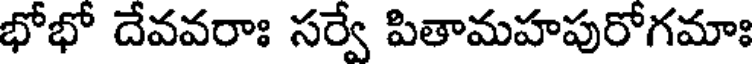
భోభో దేవవరాః సర్వే పితామహపురోగమాః